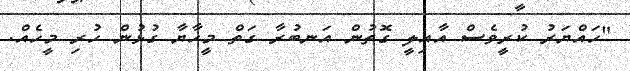
"ހައްޔަރު ކުރީވެސް އާއިލީ ގޮތުން އަނބުރާ ގަތް މީހާޔާ ގުޅުން ހުރި މީހެއް.